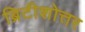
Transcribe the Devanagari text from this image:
ब्रिटीशोत्तर